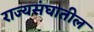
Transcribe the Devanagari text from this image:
राज्यसंघातील